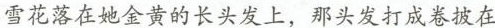
雪花落在她金黄的长头发上，那头发打成卷披在